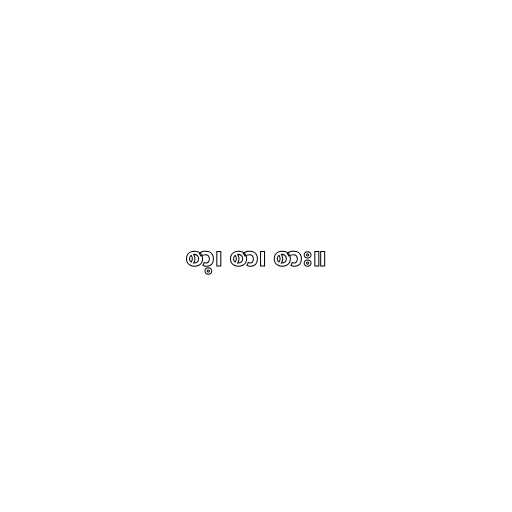
စာ့၊ စာ၊ စား။